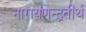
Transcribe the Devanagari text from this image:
नारायणेन्द्रतीर्थ